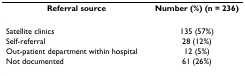
<table><thead><tr><td><b>Referral source</b></td><td><b>Number (%) (n = 236)</b></td></tr></thead><tbody><tr><td>Satellite clinics</td><td>135 (57%)</td></tr><tr><td>Self-referral</td><td>28 (12%)</td></tr><tr><td>Out-patient department within hospital</td><td>12 (5%)</td></tr><tr><td>Not documented</td><td>61 (26%)</td></tr></tbody></table>